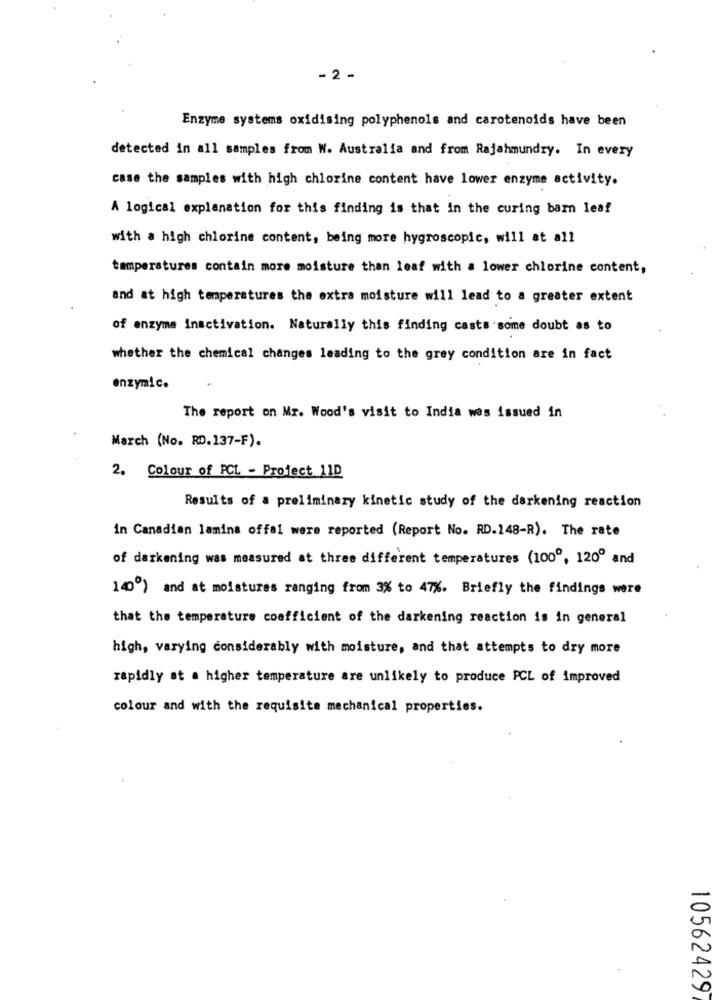
- 2 -
Enzyme systems oxidising polyphenols and carotenoids have been
detected in all samples from W. Australia and from Rajahmundry. In every
case the samples with high chlorine content have lower enzyme activity.
A logical explanation for this finding is that in the curing barn leaf
with a high chlorine content, being more hygroscopic, will at all
temperatures contain more moisture than leaf with a lower chlorine content,
and at high temperatures the extra moisture will lead to a greater extent
of enzyme inactivation. Naturally this finding casts some doubt as to
whether the chemical changes leading to the grey condition are in fact
enzymic.
The report on Mr. Wood's visit to India was issued in
March (No. RD.137-F).
2. Colour of PCL - Project 110
Results of a preliminary kinetic study of the darkening reaction
in Canadian lamina offal were reported (Report No. RD.148-R). The rate
of darkening was measured at three different temperatures (1000, 120º and
140º) and at moistures ranging from 3% to 47%. Briefly the findings were
that the temperature coefficient of the darkening reaction is in general
high, varying considerably with moisture, and that attempts to dry more
rapidly at a higher temperature are unlikely to produce PCL of improved
colour and with the requisite mechanical properties.
10562429